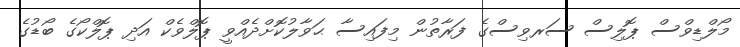
މޯލްޑިވްސް ޕޮލިސް ސަރވިސްގެ ފަރާތުން މިފައިސާ ޙަވާލުކޮށްދެއްވީ ޕޮލްވެކް އަދި ޕޮލްކޯގެ ބޯޑުގެ